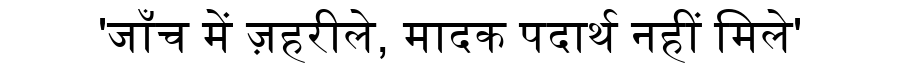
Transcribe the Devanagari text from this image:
'जाँच में ज़हरीले, मादक पदार्थ नहीं मिले'